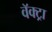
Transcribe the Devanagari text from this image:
वॅक्ट्रा